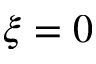
\xi = 0